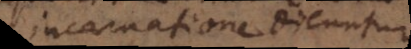
incarnatione dicuntur